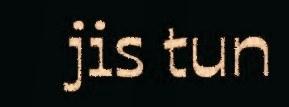
jis tun